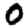
Digit: 0